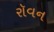
રૉવન